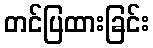
တင်ပြထားခြင်း